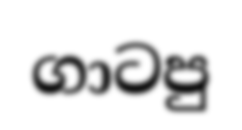
ගාටපු